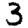
Digit: 3